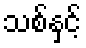
သစ်နှင့်